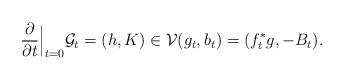
LaTeX: \begin{align*} \frac{\partial }{\partial t}\Big|_{t=0}\mathcal{G}_t=(h,K)\in\mathcal{V} (g_t,b_t)=(f_t^* g,-B_t).\end{align*}